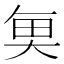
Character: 𮫮